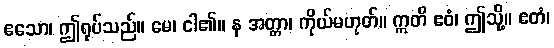
ဧသော၊ ဤရုပ်သည်။ မေ၊ ငါ၏။ န အတ္တာ၊ ကိုယ်မဟုတ်။ ဣတိ ဧဝံ၊ ဤသို့။ ဧတံ၊